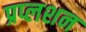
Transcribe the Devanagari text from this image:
प्रप्लशन